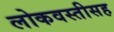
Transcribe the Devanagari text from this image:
लोकवस्तीसह